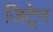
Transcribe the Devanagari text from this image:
जिट्रेन